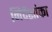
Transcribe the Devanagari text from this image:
निर्देशांका